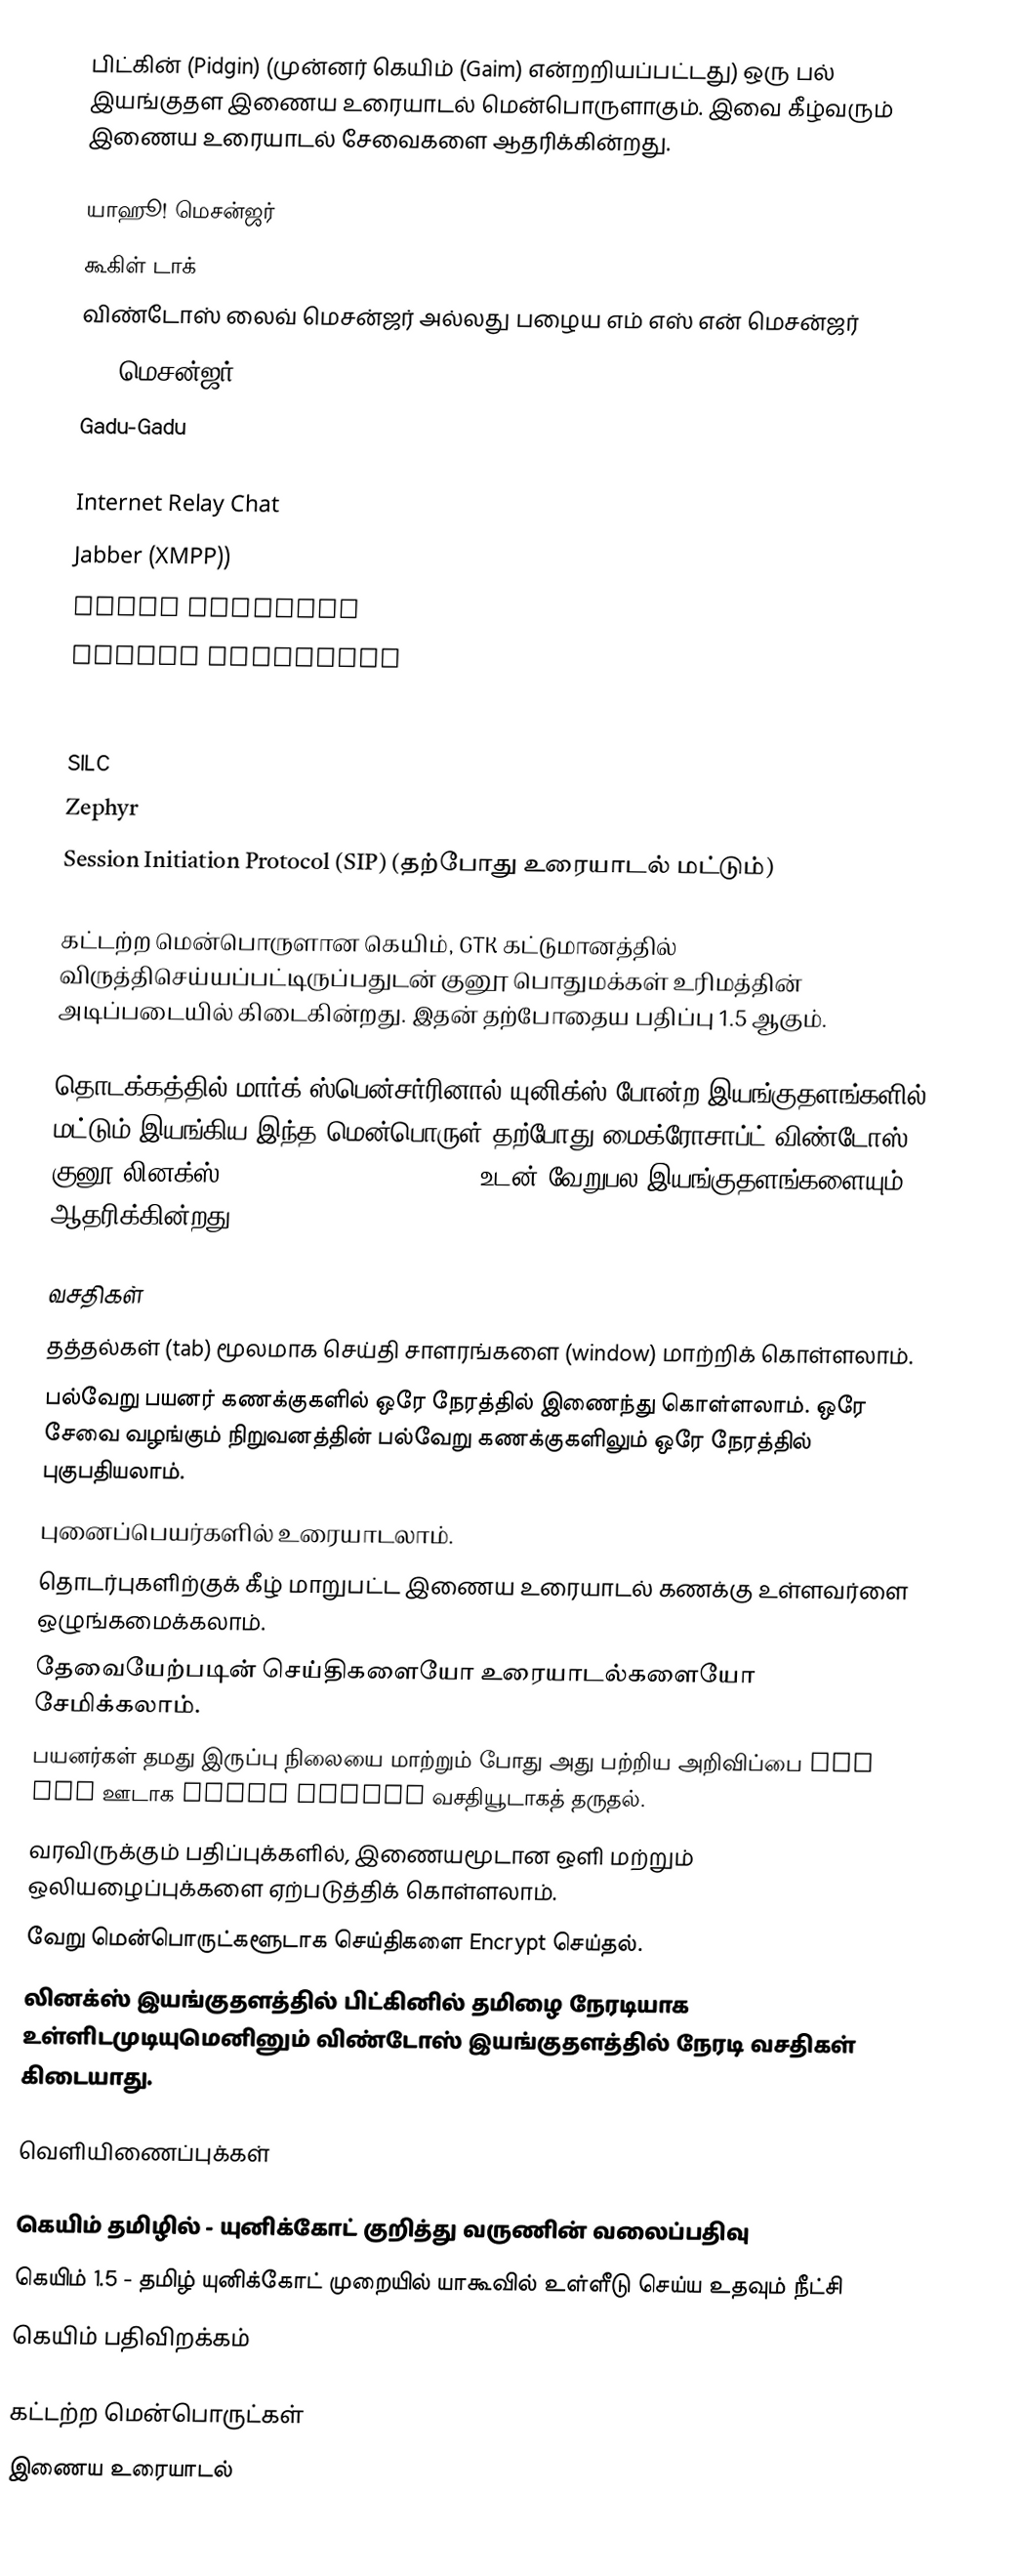
பிட்கின் (Pidgin) (முன்னர் கெயிம் (Gaim) என்றறியப்பட்டது) ஒரு பல் இயங்குதள இணைய உரையாடல் மென்பொருளாகும். இவை கீழ்வரும் இணைய உரையாடல் சேவைகளை ஆதரிக்கின்றது.

 யாஹூ! மெசன்ஜர்
 கூகிள் டாக்
 விண்டோஸ் லைவ் மெசன்ஜர் அல்லது பழைய எம் எஸ் என் மெசன்ஜர்
 AOL மெசன்ஜர்
 Gadu-Gadu
 ICQ (via OSCAR)
 Internet Relay Chat
 Jabber (XMPP))
 Lotus Sametime
 Novell GroupWise
 OpenNAP
 QQ, 3rdparty plugin from libqq
 SILC
 Zephyr
 Session Initiation Protocol (SIP) (தற்போது உரையாடல் மட்டும்)

கட்டற்ற மென்பொருளான கெயிம், GTK கட்டுமானத்தில் விருத்திசெய்யப்பட்டிருப்பதுடன் குனூ பொதுமக்கள் உரிமத்தின் அடிப்படையில் கிடைகின்றது. இதன் தற்போதைய பதிப்பு 1.5 ஆகும்.

தொடக்கத்தில் மார்க் ஸ்பென்சர்ரினால் யுனிக்ஸ் போன்ற இயங்குதளங்களில் மட்டும் இயங்கிய இந்த மென்பொருள் தற்போது மைக்ரோசாப்ட் விண்டோஸ், குனூ/லினக்ஸ், FreeBSD, SkyOS, Mac OS X உடன் வேறுபல இயங்குதளங்களையும் ஆதரிக்கின்றது.

வசதிகள்
 தத்தல்கள் (tab) மூலமாக செய்தி சாளரங்களை (window) மாற்றிக் கொள்ளலாம்.
 பல்வேறு பயனர் கணக்குகளில் ஒரே நேரத்தில் இணைந்து கொள்ளலாம். ஒரே சேவை வழங்கும் நிறுவனத்தின் பல்வேறு கணக்குகளிலும் ஒரே நேரத்தில் புகுபதியலாம்.
 புனைப்பெயர்களில் உரையாடலாம்.
 தொடர்புகளிற்குக் கீழ் மாறுபட்ட இணைய உரையாடல் கணக்கு உள்ளவர்ளை ஒழுங்கமைக்கலாம்.
 தேவையேற்படின் செய்திகளையோ உரையாடல்களையோ சேமிக்கலாம்.
 பயனர்கள் தமது இருப்பு நிலையை மாற்றும் போது அது பற்றிய அறிவிப்பை pop ups ஊடாக Buddy Pounce வசதியூடாகத் தருதல்.
 வரவிருக்கும் பதிப்புக்களில், இணையமூடான ஒளி மற்றும் ஒலியழைப்புக்களை ஏற்படுத்திக் கொள்ளலாம்.
 வேறு மென்பொருட்களூடாக செய்திகளை Encrypt செய்தல்.
 லினக்ஸ் இயங்குதளத்தில் பிட்கினில் தமிழை நேரடியாக உள்ளிடமுடியுமெனினும் விண்டோஸ் இயங்குதளத்தில் நேரடி வசதிகள் கிடையாது.

வெளியிணைப்புக்கள்

 கெயிம் தமிழில் - யுனிக்கோட் குறித்து வருணின் வலைப்பதிவு
 கெயிம் 1.5 - தமிழ் யுனிக்கோட் முறையில் யாகூவில் உள்ளீடு செய்ய உதவும் நீட்சி
 கெயிம் பதிவிறக்கம்

கட்டற்ற மென்பொருட்கள்
இணைய உரையாடல்